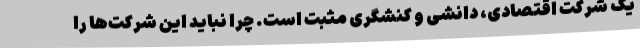
یک شرکت اقتصادی، دانشی و کنشگری مثبت است. چرا نباید این شرکت‌ها را